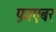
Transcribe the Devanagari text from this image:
फ़ाएबर